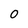
Character: 0